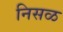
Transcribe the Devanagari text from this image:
निसळ